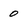
Character: 0